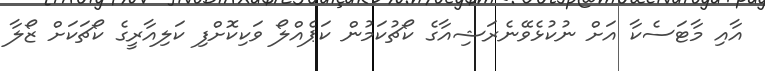
އާއި މާޓަސެކާ އަށް ނުކުޅެވޭނެރަޝިއާގެ ކޯޗުކަމުން ކަޕެއްލޯ ވަކިކޮށްފި ކަލިއާރީގެ ކޯޗަކަށް ޒޯލާ